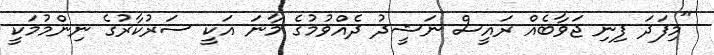
"މިފަދަ ފިނި ޖަވާބެއް ރައީސް ނަޝީދު ދެއްވުމުގެ މާނަ އަކީ ސަރުކާރުގެ ނިންމުމަކީ